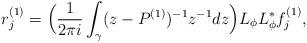
LaTeX: \begin{align*}r_{j}^{(1)} = \Big( \frac{1}{2 \pi i} \int_{\gamma} ( z - P^{(1)} )^{- 1} z^{-1} d z \Big) L_{\phi} L_{\phi}^{*} f_{j}^{(1)} ,\end{align*}